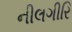
નીલગીરિ